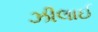
ઝીલાઈ